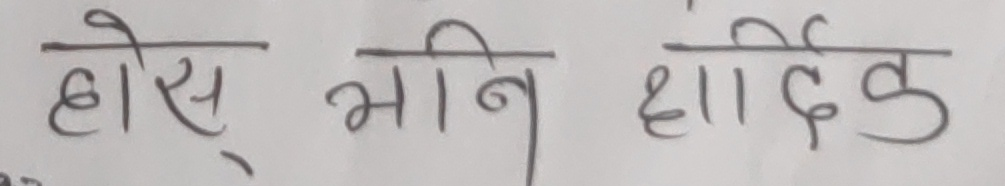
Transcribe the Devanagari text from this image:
होस् भनि शादीक